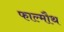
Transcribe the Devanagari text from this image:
फाल्मौथ